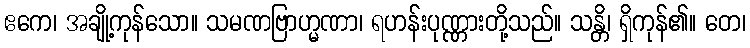
ဧကေ၊ အချို့ကုန်သော။ သမဏဗြာဟ္မဏာ၊ ရဟန်းပုဏ္ဏားတို့သည်။ သန္တိ၊ ရှိကုန်၏။ တေ၊